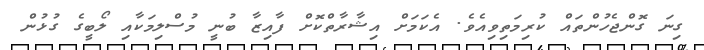
ގިނަ ގޮންޖެހުންތައް ކުރިމަތިވިއެވެ. އެކަމަށް އިޝާރާތްކޮށް ފާއިޒާ ބުނީ މުސްލިމަކާއި ލޯބީގެ ގުޅުން